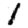
Digit: 1